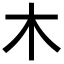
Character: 木